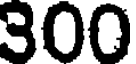
300